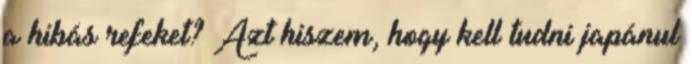
a hibás refeket? Azt hiszem, hogy kell tudni japánul